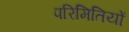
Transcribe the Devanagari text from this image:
परिमितियों